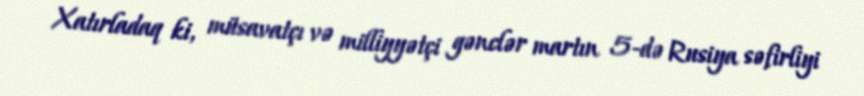
Xatırladaq ki, müsavatçı və milliyyətçi gənclər martın 5-də Rusiya səfirliyi